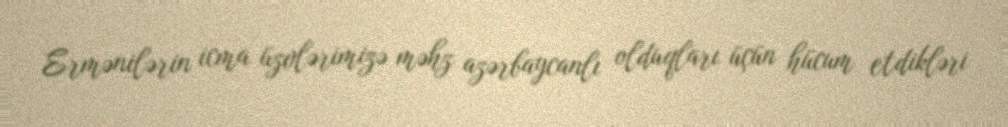
Ermənilərin icma üzvlərimizə məhz azərbaycanlı olduqları üçün hücum etdikləri